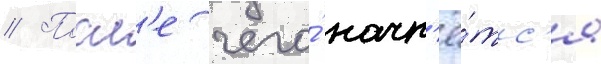
// Посл'е чего́ начн'ё́тс'я